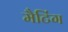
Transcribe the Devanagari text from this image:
मैटिंग